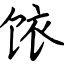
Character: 饻